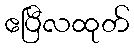
ဧပြီလထုတ်